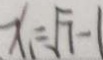
x _ { 1 } = \sqrt { 7 - 1 }